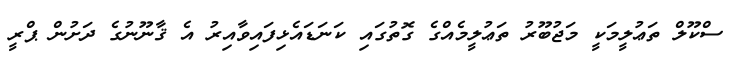
ސްކޫލް ތަޢުލީމަކީ މަޖުބޫރު ތަޢުލީމެއްގެ ގޮތުގައި ކަނަޑައެޅިފައިވާއިރު އެ ޤާނޫނުގެ ދަށުން ޕްރީ